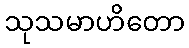
သုသမာဟိတော